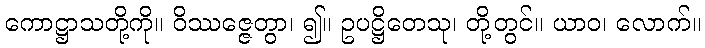
ကောဋ္ဌာသတို့ကို။ ဝိဿဇ္ဇေတွာ၊ ၍။ ဥပဋ္ဌိတေသု၊ တို့တွင်။ ယာဝ၊ လောက်။